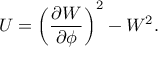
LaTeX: U = \left( \frac { \partial W } { \partial \phi } \right) ^ { 2 } - W ^ { 2 } .